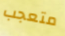
متعجب